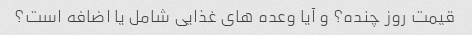
قیمت روز چنده؟ و آیا وعده های غذایی شامل یا اضافه است؟